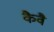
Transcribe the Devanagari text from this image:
कैवै